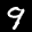
Label: 9